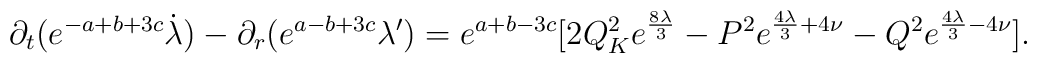
\partial_{t} ( e^{-a+b+3c} \dot{\lambda}) - \partial_{r}(e^{a-b+3c} \lambda') = e^{a+b-3c} [2Q_{K}^{2} e^{\frac{8\lambda}{3}} -P^2 e^{\frac{4\lambda}{3} + 4\nu} - Q^2 e^{\frac{4\lambda}{3} - 4\nu}].